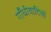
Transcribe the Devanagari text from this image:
गाँधीवादियों